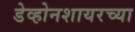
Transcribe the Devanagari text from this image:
डेव्होनशायरच्या